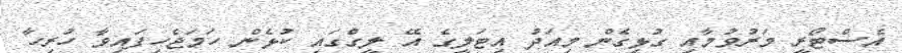
އެސްޓޯރީ މަރުވުމާއި ގުޅިގެން މިއަދު އިޓަލީގެ އޭ ލީގްގައި ކުޅެން ހަމަޖެހިފައިވާ ހުރިހާ